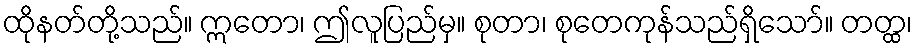
ထိုနတ်တို့သည်။ ဣတော၊ ဤလူပြည်မှ။ စုတာ၊ စုတေကုန်သည်ရှိသော်။ တတ္ထ၊